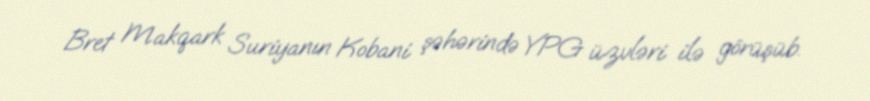
Bret Makqark Suriyanın Kobani şəhərində YPG üzvləri ilə görüşüb.